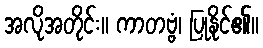
အလိုအတိုင်း။ ကာတဗ္ဗံ၊ ပြုနိုင်၏။